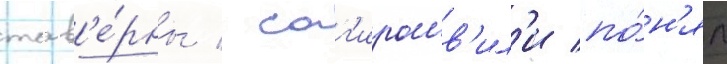
тав'е́рны / саг'ирашв'ил'и по́н'ял